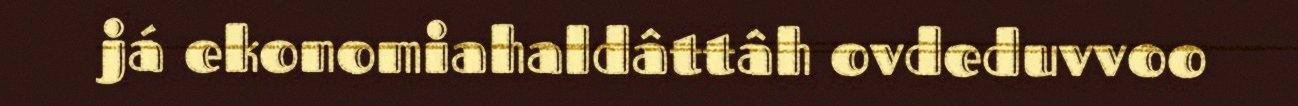
já ekonomiahaldâttâh ovdeduvvoo